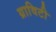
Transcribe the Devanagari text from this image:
ग्राविटी